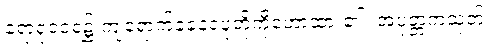
ရောရုဝငရဲ၌ ကျရောက်ခံနေရပုံတို့ကိုဟောထား၏။ အပုတ္တကသုတ်၊